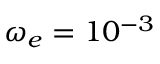
\omega _ { e } = 1 0 ^ { - 3 }